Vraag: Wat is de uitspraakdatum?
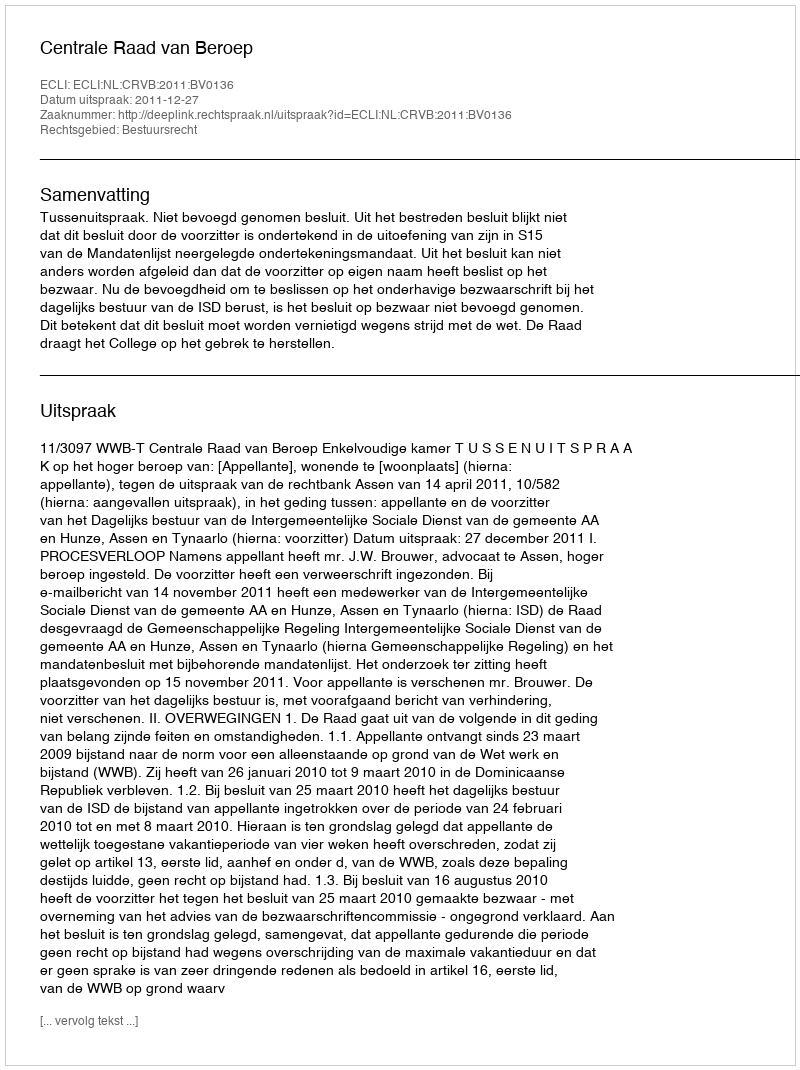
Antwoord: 2011-12-27